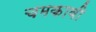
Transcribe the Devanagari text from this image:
चमकावी